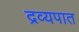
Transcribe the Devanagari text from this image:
द्रव्यपात